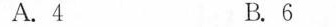
A.4 B.6